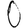
Digit: 0